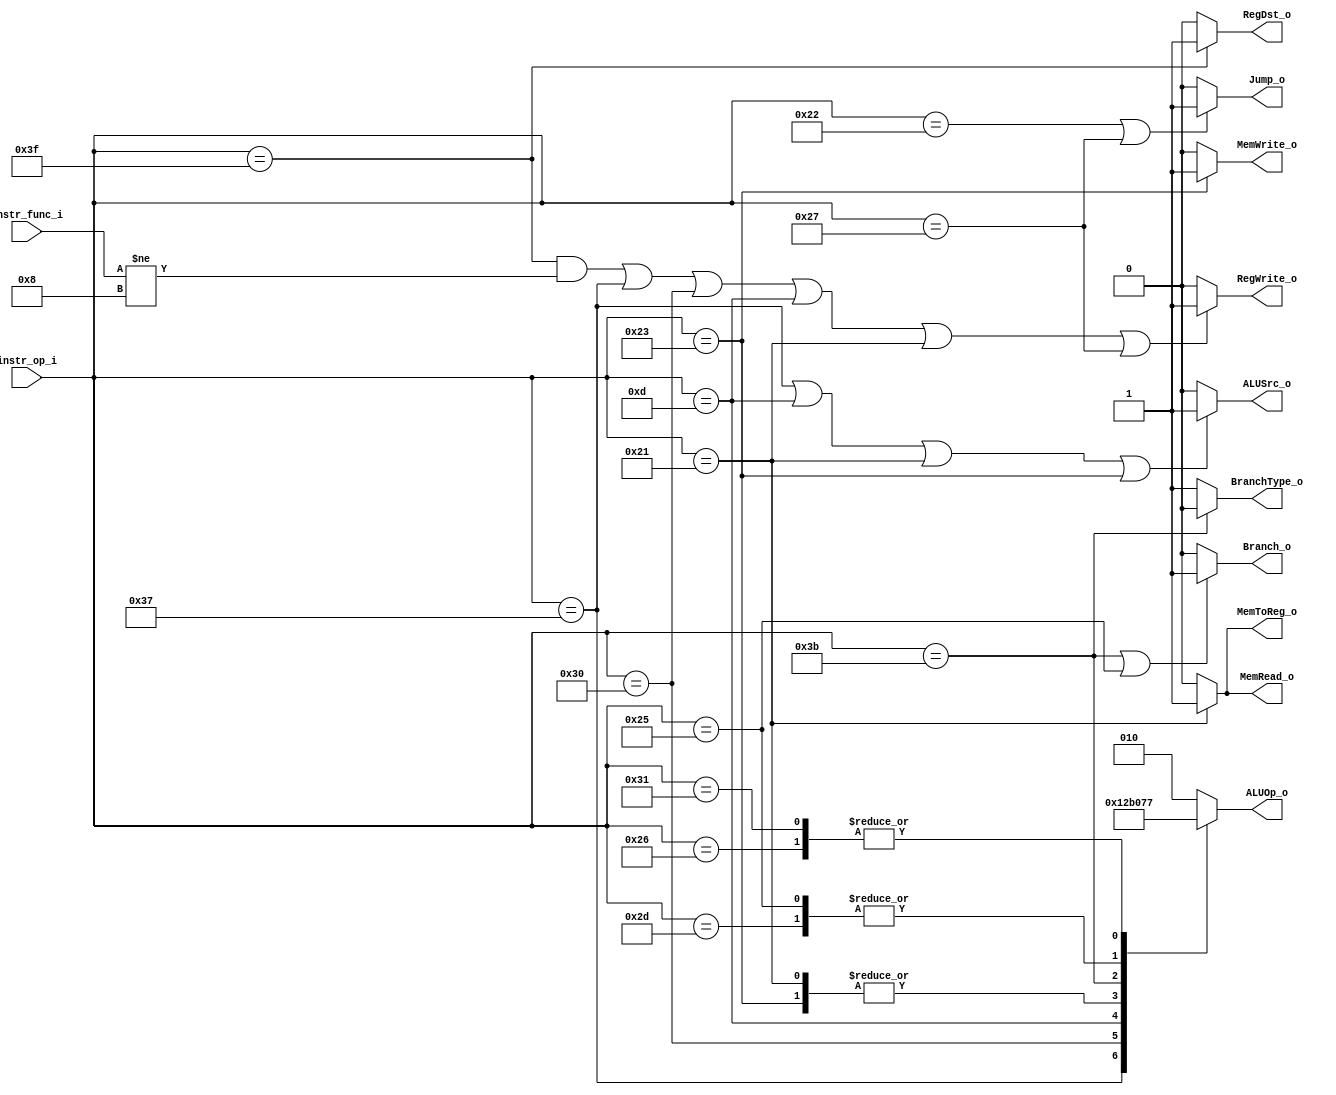
module Decoder( instr_op_i, instr_func_i, RegWrite_o, ALUOp_o, ALUSrc_o, RegDst_o, Jump_o, Branch_o, BranchType_o, MemRead_o, MemWrite_o, MemToReg_o );

//I/O ports
input	[6-1:0] instr_op_i;
input	[6-1:0] instr_func_i;

output	[3-1:0] ALUOp_o;//3-bit decided by instr_op_i!!
output			ALUSrc_o;
output			RegWrite_o;
output  		RegDst_o;
///New
output			Jump_o;
output			Branch_o;
output			BranchType_o;
output			MemWrite_o;
output			MemRead_o;
output			MemToReg_o;
 
//Internal Signals
wire	[3-1:0] ALUOp_o;
wire			ALUSrc_o;
wire			RegWrite_o;
wire    		RegDst_o;

wire			Jump_o;
wire			Branch_o;
wire			BranchType_o;
wire			MemWrite_o;
wire			MemRead_o;
wire			MemToReg_o;

reg     RegDst_reg_o;
reg		[3-1:0] ALUOp_reg_o;
//Main function
/*your code here*/
parameter [6-1:0] OP_NOP   = 6'b000000;
parameter [6-1:0] OP_RTYPE = 6'b111111;
parameter [6-1:0] OP_ADDI  = 6'b110111;
parameter [6-1:0] OP_BEQ   = 6'b111011;
parameter [6-1:0] OP_LUI   = 6'b110000;
parameter [6-1:0] OP_ORI   = 6'b001101;//
parameter [6-1:0] OP_LW	   = 6'b100001;
parameter [6-1:0] OP_SW    = 6'b100011;
parameter [6-1:0] OP_JUMP  = 6'b100010;
parameter [6-1:0] OP_BNE   = 6'b100101;
parameter [6-1:0] OP_BNEZ  = 6'b101101;
parameter [6-1:0] OP_JAL   = 6'b100111;
parameter [6-1:0] OP_BLT   = 6'b100110;
parameter [6-1:0] OP_BGEZ  = 6'b110001;
always @(*)
begin
	case(instr_op_i)
		//OP_NOP   : ALUOp_reg_o = 3'b010;
 		OP_RTYPE : ALUOp_reg_o = 3'b010;//2
		OP_ADDI  : ALUOp_reg_o = 3'b100;//4
		OP_LUI   : ALUOp_reg_o = 3'b101;//5
		OP_ORI   : ALUOp_reg_o = 3'b011;//3
		OP_LW    : ALUOp_reg_o = 3'b000;//0
		OP_SW    : ALUOp_reg_o = 3'b000;//0
		OP_BEQ   : ALUOp_reg_o = 3'b001;//1
		OP_BNE   : ALUOp_reg_o = 3'b110;//6
		OP_BNEZ  : ALUOp_reg_o = 3'b110;//6
		OP_BLT   : ALUOp_reg_o = 3'b111;//7//slt rd rs rt if rs<rt rd=1(ALU_result[0]=1) branch
		OP_BGEZ  : ALUOp_reg_o = 3'b111;//7//slt rd rs rt(0) if rs>=0 rd=0(ALU_result[0]=0) branch
		default  : ALUOp_reg_o = 010;
	endcase
	
	case(instr_op_i)
	OP_NOP   :RegDst_reg_o = 1'b0;
	OP_RTYPE :RegDst_reg_o = 1'b1;
	OP_ADDI  :RegDst_reg_o = 1'b0;
	OP_LUI   :RegDst_reg_o = 1'b0;
	OP_ORI   :RegDst_reg_o = 1'b0;
	OP_LW	 :RegDst_reg_o = 1'b0;
	OP_SW    :RegDst_reg_o = 1'b0;
	default  :RegDst_reg_o = 1'b0;
	endcase
	
end
assign ALUOp_o = ALUOp_reg_o;
assign RegDst_o = RegDst_reg_o;

assign ALUSrc_o = (instr_op_i == OP_ADDI || instr_op_i == OP_ORI || instr_op_i == OP_LW || instr_op_i == OP_SW)?1:0;
assign RegWrite_o = ((instr_op_i == OP_RTYPE && instr_func_i != 6'b001000) || instr_op_i == OP_ADDI || instr_op_i == OP_LUI || instr_op_i == OP_ORI || instr_op_i == OP_LW || instr_op_i == OP_JAL)?1:0;
//assign RegDst_o = (instr_op_i[3] == 0)?0:1;//0:choose RT
assign Jump_o = (instr_op_i == OP_JUMP || instr_op_i == OP_JAL )?1:0;//NOT consider jr $ra
//assign Jal_o = (instr_op_i == OP_JAL)?1:0;
assign Branch_o = (instr_op_i == OP_BEQ || instr_op_i == OP_BNE)?1:0;
assign BranchType_o = (instr_op_i == OP_BEQ)?0:1;
//assign BLT_o = (instr_op_i == OP_BLT)?1:0;
//assign BGEZ_o = (instr_op_i == OP_BGEZ)?1:0;
assign MemWrite_o = (instr_op_i == OP_SW)?1:0;
assign MemRead_o = (instr_op_i == OP_LW)?1:0;
assign MemToReg_o = (instr_op_i == OP_LW)?1:0;

endmodule